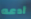
أدعه